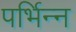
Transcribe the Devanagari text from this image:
पर्भिन्न